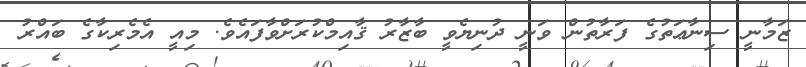
ޒަމާނީ ސިނާޢަތުގެ ފަރާތުން ވަނީ ދުނިޔެވީ ބާޒާރު ޤާއިމްކުރަށްވާފައެވެ. މިއީ އެމެރިކާގެ ބައްރު